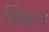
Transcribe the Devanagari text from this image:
स्थित